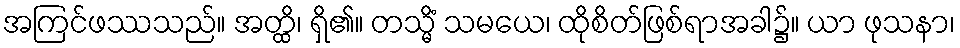
အကြင်ဖဿသည်။ အတ္ထိ၊ ရှိ၏။ တသ္မိံ သမယေ၊ ထိုစိတ်ဖြစ်ရာအခါ၌။ ယာ ဖုသနာ၊